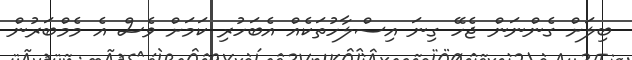
ބިލަށް ގެންނަން ޖެހޭ ގިނަ އިސްލާހުތަކެއް އެބަހުރި ކަމަށް ވެސް އެ މެމްބަރުން